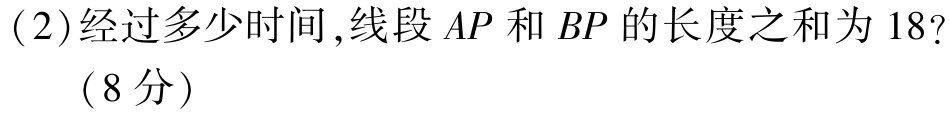
(2)经过多少时间,线段 \(AP\) 和 \(BP\) 的长度之和为 \(18\)?

（8分）